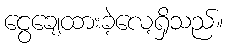
ငွေချေထားခဲ့လေ့ရှိသည်။